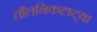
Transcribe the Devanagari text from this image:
तौलनिकदृष्ट्या